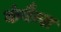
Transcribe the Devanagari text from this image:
कंबैन्स